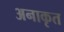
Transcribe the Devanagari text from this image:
अनाकृत